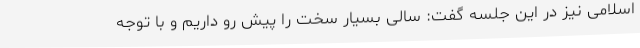
اسلامی نیز در این جلسه گفت: سالی بسیار سخت را پیش رو داریم و با توجه